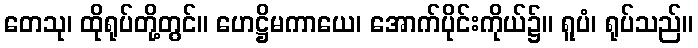
တေသု၊ ထိုရုပ်တို့တွင်။ ဟေဋ္ဌိမကာယေ၊ အောက်ပိုင်းကိုယ်၌။ ရူပံ၊ ရုပ်သည်။